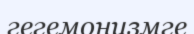
гегемонизмге